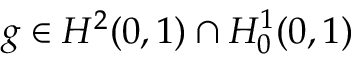
g \in H ^ { 2 } ( 0 , 1 ) \cap H _ { 0 } ^ { 1 } ( 0 , 1 )